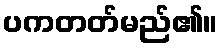
ပကတတ်မည်၏။